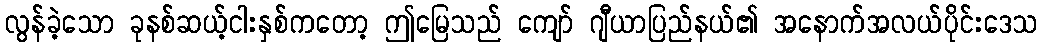
လွန်ခဲ့သော ခုနစ်ဆယ့်ငါးနှစ်ကတော့ ဤမြေသည် ကျော် ဂျီယာပြည်နယ်၏ အနောက်အလယ်ပိုင်းဒေသ